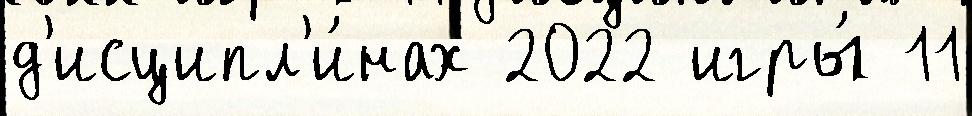
д'исципл'и́нах 2022 игры́ 11